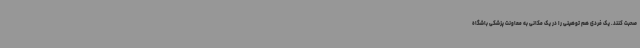
صحبت کنند. یک فردی هم توهینی را در یک مکانی به معاونت پزشکی باشگاه